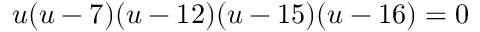
u ( u - 7 ) ( u - 1 2 ) ( u - 1 5 ) ( u - 1 6 ) = 0